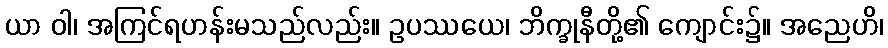
ယာ ဝါ၊ အကြင်ရဟန်းမသည်လည်း။ ဥပဿယေ၊ ဘိက္ခုနီတို့၏ ကျောင်း၌။ အညေဟိ၊